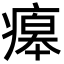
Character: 㿁